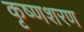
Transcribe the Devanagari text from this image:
कृष्णशरण